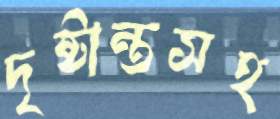
দৃষ্টান্তসহ